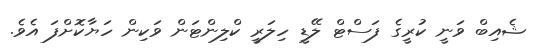
ޝެއިބް ވަނީ ކުރީގެ ފަސްޓް ލޭޑީ ހިލަރީ ކްލިންޓަން ވަކިން ހަޔާކޮށްފަ އެވެ.